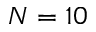
N = 1 0